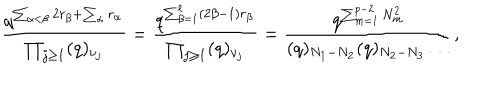
\frac { q ^ { \sum _ { \alpha < \beta } 2 r _ { \beta } + \sum _ { \alpha } r _ { \alpha } } } { \prod _ { j \geq 1 } ( q ) _ { \nu _ { j } } } = \frac { q ^ { \sum _ { \beta = 1 } ^ { \ell } ( 2 \beta - 1 ) r _ { \beta } } } { \prod _ { j \geq 1 } ( q ) _ { \nu _ { j } } } = \frac { q ^ { \sum _ { m = 1 } ^ { p - 2 } N _ { m } ^ { 2 } } } { ( q ) _ { N _ { 1 } - N _ { 2 } } ( q ) _ { N _ { 2 } - N _ { 3 } } \dots } ,